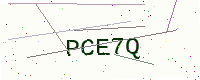
Text: PCE7Q